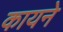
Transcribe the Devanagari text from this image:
कायने